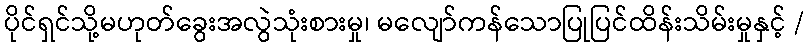
ပိုင်ရှင်သို့မဟုတ်ခွေးအလွဲသုံးစားမှု၊ မလျော်ကန်သောပြုပြင်ထိန်းသိမ်းမှုနှင့် /